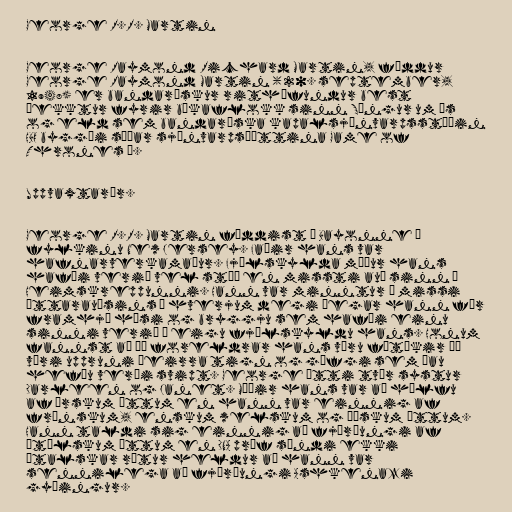
George R.R. Martin

George Raymond Richard Martin, fæddur
George Raymond Martin (20. september,
1948) er bandarískur rithöfundur best
þekktur fyrir bókaflokk sinn Söngur um ís
og eld sem bandaríska kapalsjónvarpsstöðin
HBO byggði síðar sjónvarpsþættina Game of
Thrones á.

Uppvaxtarár.

George R.R. Martin fæddist í Bayonne í
fylkinu New Jersey. Faðir hans var
hafnarverkamaður. Fjölskylda móður hans
hafði verið vel stæð en missti auð sinn í
Heimskreppunni. Hann var minntur á missi
ættarauðsins á hverjum degi þegar hann fór
framhjá húsi og bryggju sem hafði einu
sinni verið í eigu fjölskyldu hans. Honum
fannst að þó foreldrar hans væru fátækir þá
væri uppruni þeirra tign og göfgi sem þau
hefðu verði svipt. George átti tvær systur
Darleen og Janet. Móðir hans var að hálfu
af írskum ættum en hann var einnig af
frönskum, enskum welskum og þýskum ættum.
Hann taldi sig einnig að fjórðungi af
ítölskum ættum en DNA próf sýndi ekki
ítalskar rætur heldur að hann var
sennilega að fjórðungi Ashkenazi
gyðingur.